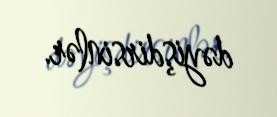
dəyişdirsinlər.